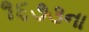
૧૬૭૩ના